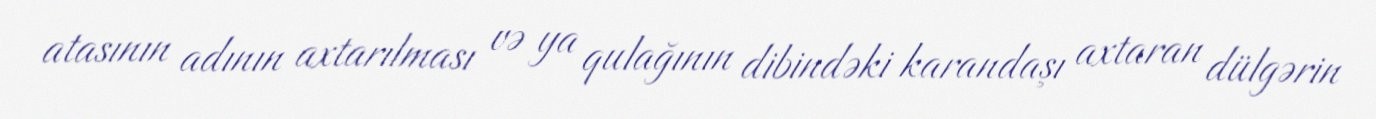
atasının adının axtarılması və ya qulağının dibindəki karandaşı axtaran dülgərin